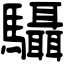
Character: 䯀